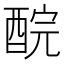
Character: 𨠻